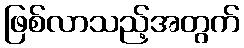
ဖြစ်လာသည့်အတွက်